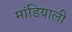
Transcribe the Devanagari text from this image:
मांडियाली